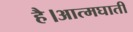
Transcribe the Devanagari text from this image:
है।आत्मघाती